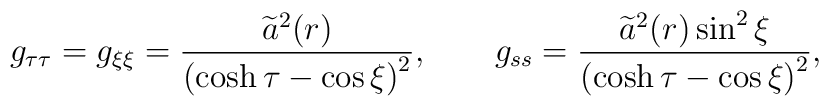
g_{\tau \tau }=g_{\xi \xi }=\frac{\widetilde{a}^{2}(r)}{\left( \cosh \tau-\cos \xi \right) ^{2}},\qquad g_{ss}=\frac{\widetilde{a}^{2}(r)\sin ^{2}\xi}{\left( \cosh \tau -\cos \xi \right) ^{2}},